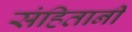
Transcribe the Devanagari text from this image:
संहितानी